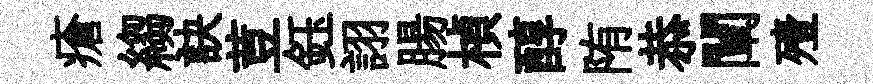
瘡縐訣荳鈺詡腸楨醇陏恭闡殪